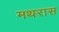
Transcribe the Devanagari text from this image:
मथरास